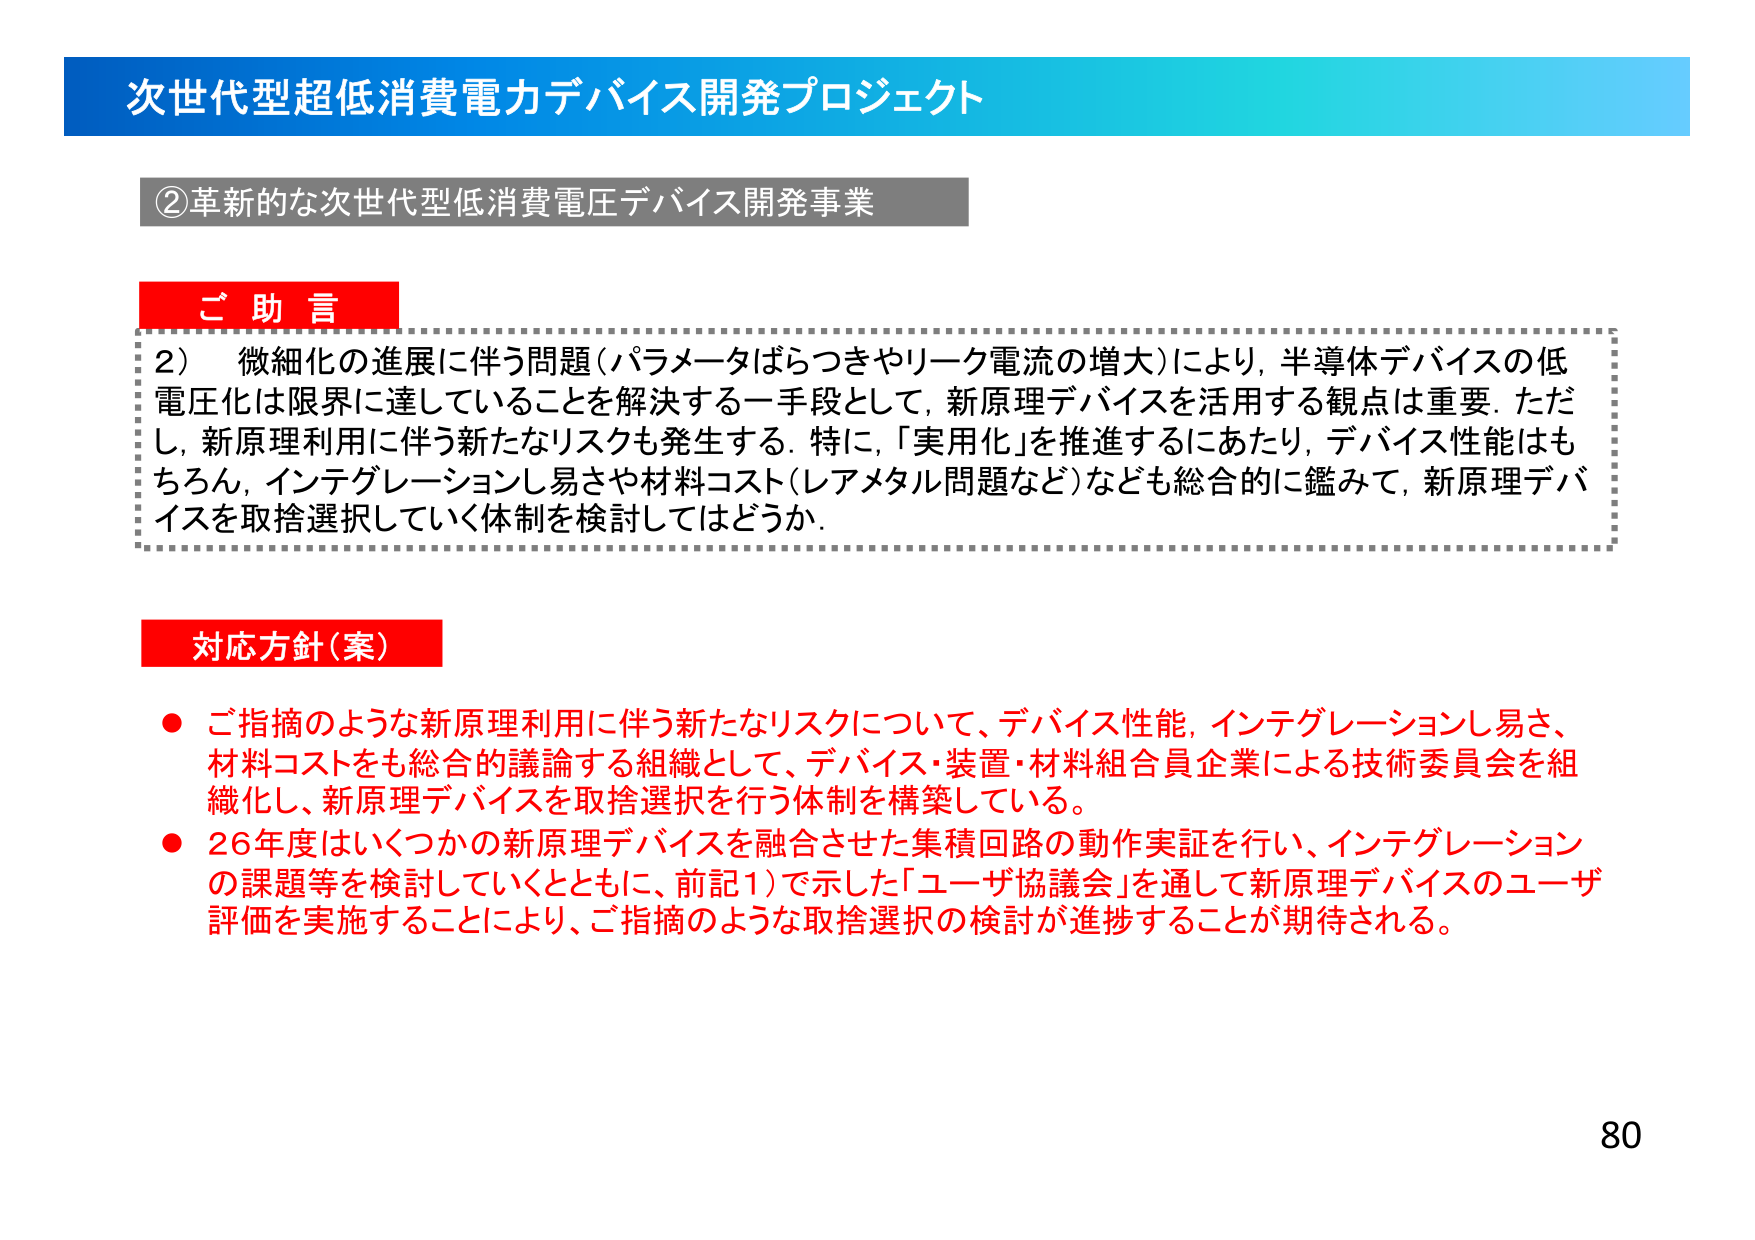
次世代型超低消費電力デバイス開発プロジェクト

②革新的な次世代型低消費電圧デバイス開発事業

ご助言
2） 微細化の進展に伴う問題（パラメータばらつきやリーク電流の増大）により、半導体デバイスの低電圧化は限界に達していることを解決する一手段として、新原理デバイスを活用する観点は重要。ただし、新原理利用に伴う新たなリスクも発生する。特に、「実用化」を推進するにあたり、デバイス性能はもちろん、インテグレーションし易さや材料コスト（レアメタル問題など）なども総合的に鑑みて、新原理デバイスを取捨選択していく体制を検討してはどうか。

対応方針（案）
● ご指摘のような新原理利用に伴う新たなリスクについて、デバイス性能、インテグレーションし易さ、材料コストをも総合的議論する組織として、デバイス・装置・材料組合員企業による技術委員会を組織化し、新原理デバイスを取捨選択を行う体制を構築している。
● 26年度はいくつかの新原理デバイスを融合させた集積回路の動作実証を行い、インテグレーションの課題等を検討していくとともに、前記1）で示した「ユーザ協議会」を通して新原理デバイスのユーザ評価を実施することにより、ご指摘のような取捨選択の検討が進捗することが期待される。

80